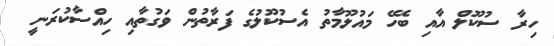
ހިރާ ސުކޫލް އާއި ބެހޭ މައުލޫމާތު އެސުކޫލުގެ ފަރާތުން ވަގުތާއި ހިއްސާކުރަނީ